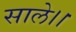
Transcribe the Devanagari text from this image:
साले।।